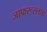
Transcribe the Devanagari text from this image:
जाफरूल्लाह